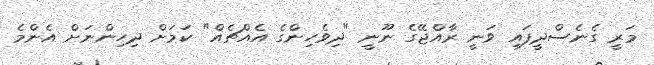
މަރީ ގެނެސްދީފައި ވަނީ ރާއްޖޭގެ ނޫނީ "ދިވެހިންގެ އެއްޗެއް" ކަމަށް ދިހިންނަށް އެންމެ